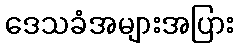
ဒေသခံအများအပြား